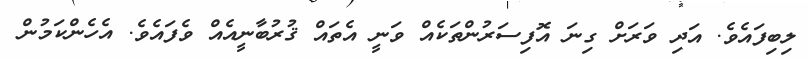
ލިބިފައެވެ. އަދި ވަރަށް ގިނަ އޮފިސަރުންތަކެއް ވަނީ އެތައް ޤުރުބާނީއެއް ވެފައެވެ. އެހެންކަމުން